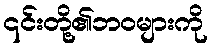
၎င်းတို့၏ဘဝများကို